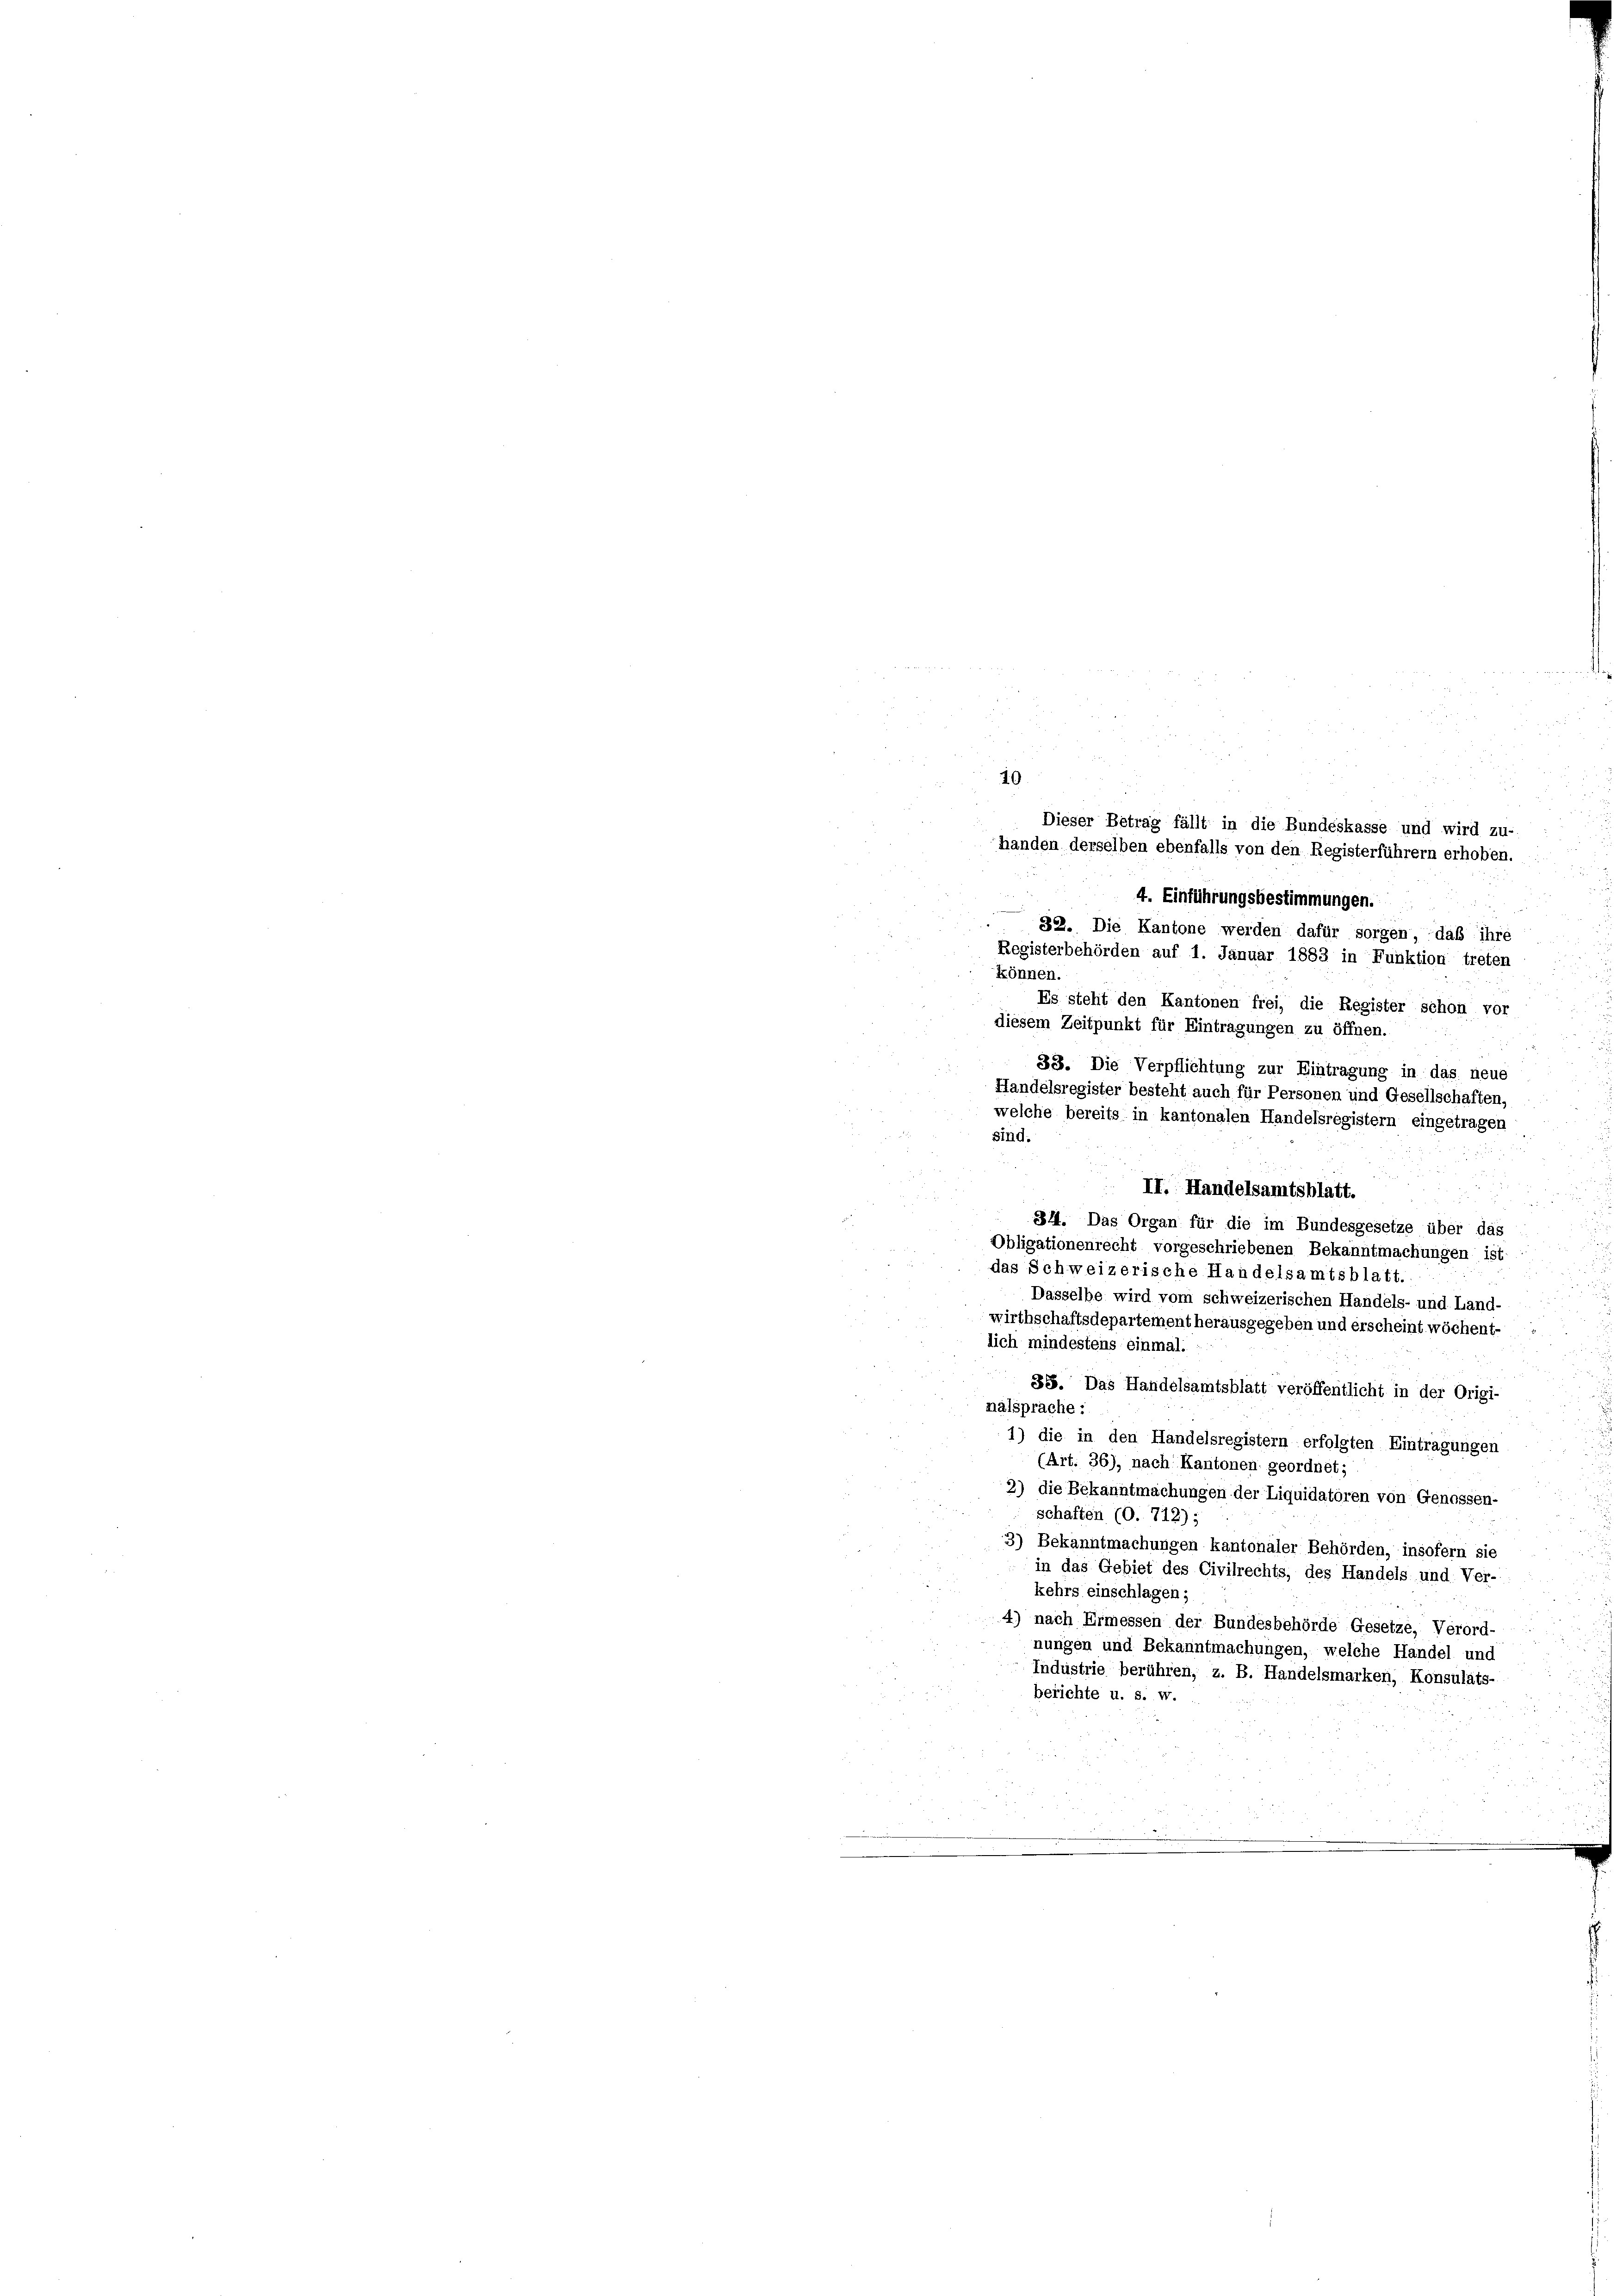
410.
Dieser Betrag fällt in die Bundeskasse und wird zu-
handen derselben ebenfalls von den Registerführern erhoben.

4. Einführungsbestimmungen.
32. Die Kantone werden dafür sorgen, daß ihre
Registerbehörden auf 1. Januar 1883 in Funktion treten
können.
Es steht den Kantonen frei, die Register schon vor
diesem Zeitpunkt für Eintragungen zu öffnen.
38. Die Verpflichtung zur Eintragung in das neue
Handelsregister besteht auch für Personen und Gesellschaften,
welche bereits in kantonalen Handelsregistern eingetragen
sind.
II. Handelsamtsblatt.
34. Das Organ für die im Bundesgesetze über das
Obligationenrecht vorgeschriebenen Bekanntmachungen ist
das Schweizerische Handelsamtsblatt.
Dasselbe wird vom schweizerischen Handels- und Land-
wirthschaftsdepartement herausgegeben und erscheint wöchent-
lich mindestens einmal.
35. Das Handelsamtsblatt veröffentlicht in der Origi-
nalsprache:
1) die in den Handelsregistern erfolgten Eintragungen
(Art. 36), nach Kantonen geordnet;
2) die Bekanntmachungen der Liquidatoren von Genossen-
schaften (O. 712);
3) Bekanntmachungen kantonaler Behörden, insofern sie
in das Gebiet des Civilrechts, des Handels und Ver-
kehrs einschlagen;
4) nach Ermessen der Bundesbehörde Gesetze, Verord-
nungen und Bekanntmachungen, welche Handel und
Industrie berühren, z. B. Handelsmarken, Konsulats-
berichte u. s. w.